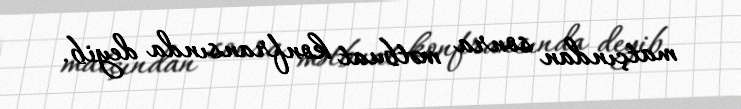
matçından sonra mətbuat konfransında deyib.